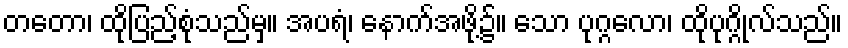
တတော၊ ထိုပြည့်စုံသည်မှ။ အပရံ၊ နောက်အဖို့၌။ သော ပုဂ္ဂလော၊ ထိုပုဂ္ဂိုလ်သည်။